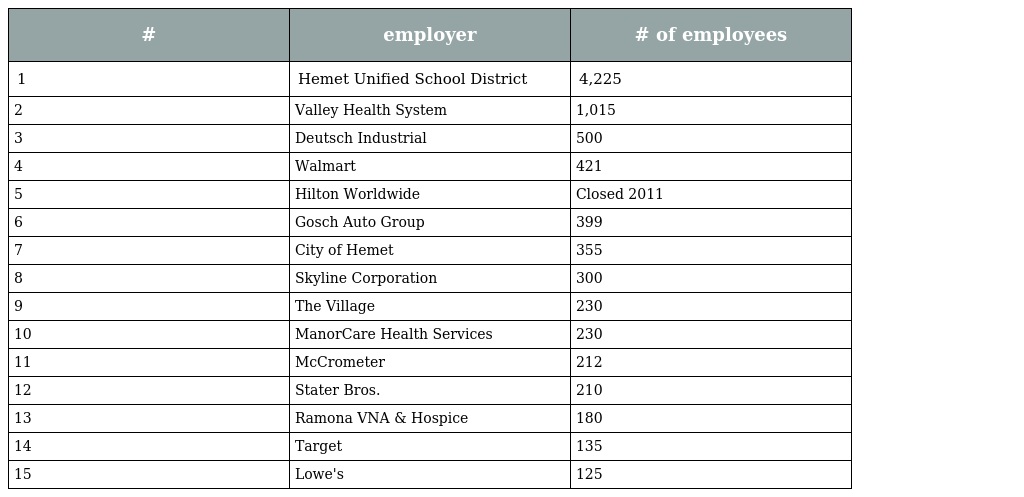
| # | employer | # of employees |
 | --- | --- | --- |
 | 1 | Hemet Unified School District | 4,225 |
 | 2 | Valley Health System | 1,015 |
 | 3 | Deutsch Industrial | 500 |
 | 4 | Walmart | 421 |
 | 5 | Hilton Worldwide | Closed 2011 |
 | 6 | Gosch Auto Group | 399 |
 | 7 | City of Hemet | 355 |
 | 8 | Skyline Corporation | 300 |
 | 9 | The Village | 230 |
 | 10 | ManorCare Health Services | 230 |
 | 11 | McCrometer | 212 |
 | 12 | Stater Bros. | 210 |
 | 13 | Ramona VNA & Hospice | 180 |
 | 14 | Target | 135 |
 | 15 | Lowe's | 125 |